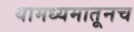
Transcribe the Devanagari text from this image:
यामध्यमातूनच